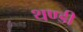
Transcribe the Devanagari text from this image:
थण्डी